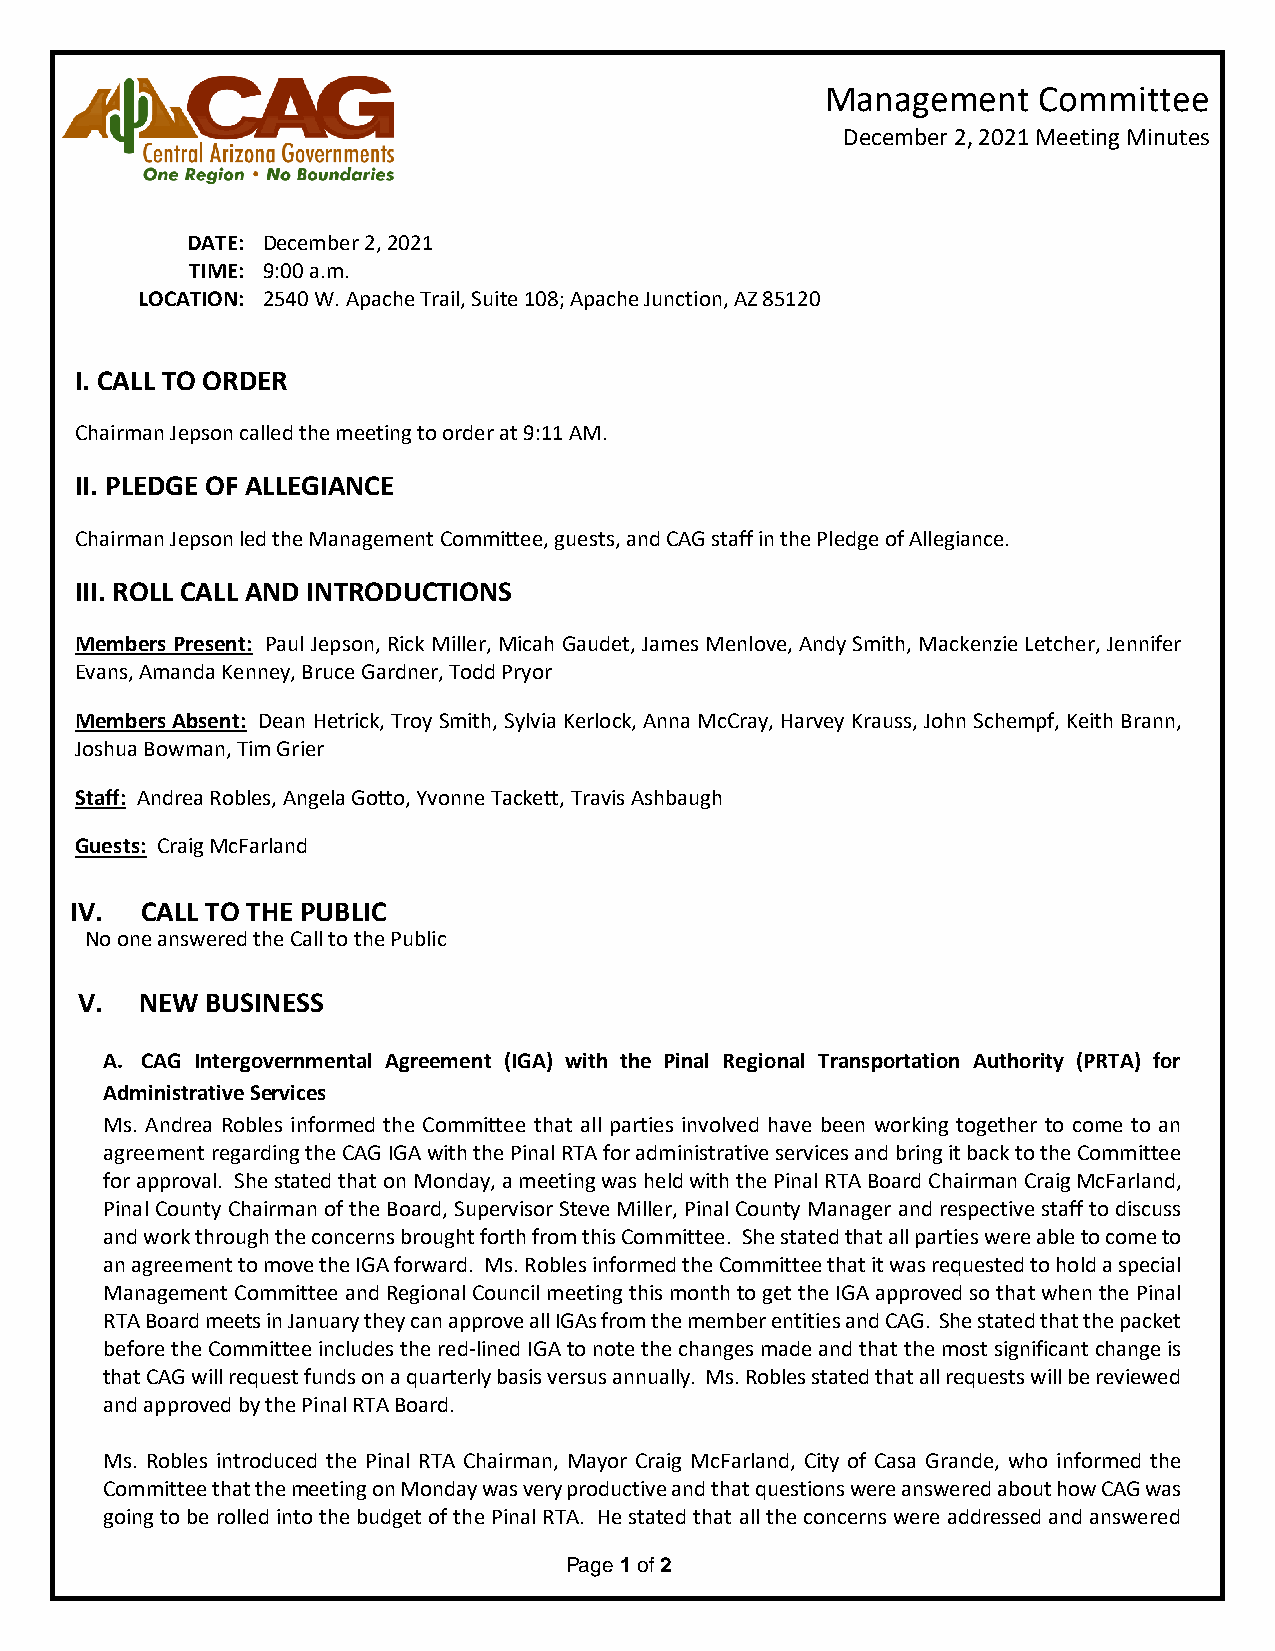
Management    Committee
 December 2, 2021 Meeting Minutes
 DATE: December 2, 2021
 TIME: 9:00 a.m.
 LOCATION: 2540 W. Apache Trail, Suite 108; Apache Junction, AZ 85120
 I. CALL TO ORDER
 Chairman Jepson called the meeting to order at 9:11 AM.
 II. PLEDGE OF ALLEGIANCE
 Chairman Jepson led the Management Committee, guests, and CAG staff in the Pledge of Allegiance.
 III. ROLL CALL AND INTRODUCTIONS
 Members Present: Paul Jepson, Rick Miller, Micah Gaudet, James Menlove, Andy Smith, Mackenzie Letcher, Jennifer
 Evans, Amanda Kenney, Bruce Gardner, Todd Pryor
 Members Absent: Dean Hetrick, Troy Smith, Sylvia Kerlock, Anna McCray, Harvey Krauss, John Schempf, Keith Brann,
 Joshua Bowman, Tim Grier
 Staff: Andrea Robles, Angela Gotto, Yvonne Tackett, Travis Ashbaugh
 Guests: Craig McFarland
 IV. CALL TO THE PUBLIC
 No one answered the Call to the Public
 V.  NEW  BUSINESS
 A. CAG Intergovernmental Agreement (IGA) with the Pinal Regional Transportation Authority (PRTA) for
 Administrative Services
 Ms. Andrea Robles informed the Committee that all parties involved have been working together to come to an
 agreement regarding the CAG IGA with the Pinal RTA for administrative services and bring it back to the Committee
 for approval. She stated that on Monday, a meeting was held with the Pinal RTA Board Chairman Craig McFarland,
 Pinal County Chairman of the Board, Supervisor Steve Miller, Pinal County Manager and respective staff to discuss
 and work through the concerns brought forth from this Committee. She stated that all parties were able to come to
 an agreement to move the IGA forward. Ms. Robles informed the Committee that it was requested to hold a special
 Management Committee and Regional Council meeting this month to get the IGA approved so that when the Pinal
 RTA Board meets in January they can approve all IGAs from the member entities and CAG. She stated that the packet
 before the Committee includes the red-lined IGA to note the changes made and that the most significant change is
 that CAG will request funds on a quarterly basis versus annually. Ms. Robles stated that all requests will be reviewed
 and approved by the Pinal RTA Board.
 Ms. Robles introduced the Pinal RTA Chairman, Mayor Craig McFarland, City of Casa Grande, who informed the
 Committee that the meeting on Monday was very productive and that questions were answered about how CAG was
 going to be rolled into the budget of the Pinal RTA. He stated that all the concerns were addressed and answered
 Page 1 of 2